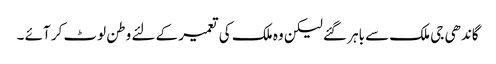
گاندھی جی ملک سے باہر گئے لیکن وہ ملک کی تعمیر کے لئے وطن لوٹ کر آئے ۔